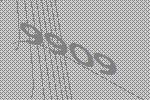
9909